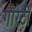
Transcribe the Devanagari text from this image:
गोरेटी